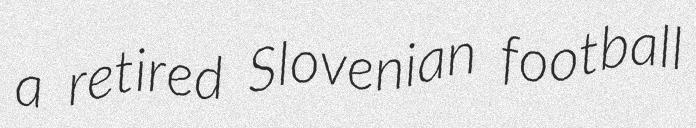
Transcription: a retired Slovenian football